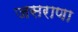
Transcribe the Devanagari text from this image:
जसराणा